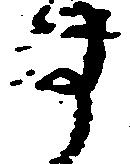
す